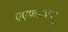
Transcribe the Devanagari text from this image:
एएफडब्ल्‍यू